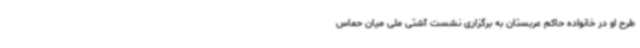
طرح او در خانواده حاکم عربستان به برگزاری نشست آشتی ملی میان حماس